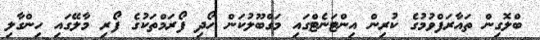
ބްލޮގިން ތައާރަފްވުމުގެ ކުރިން އިންޓަނެޓްގައި މަގްބޫލުކަން ހޯދި ފޯރަމްތަކުގެ ފޯރި މާލޭގައި ހިންގާލި